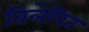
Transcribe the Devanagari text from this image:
विलेपित